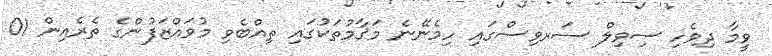
ވީމާ ދިވެހި ސިވިލް ސަރވިސްގައި ހިމެނޭނެ މަޤާމުތަކުގައި ތިއްބެވި މުވައްޒަފުންގެ ތެރެއިން 01